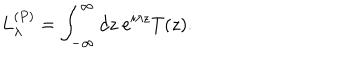
L _ { \lambda } ^ { ( P ) } = \int _ { - \infty } ^ { \infty } d z \ e ^ { i \lambda z } T ( z ) .